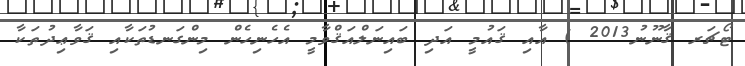
ޓޯޗަރ ޤާނޫނު2013 ) އާއި ޤައުމީ އަދި ބައިނަލްއަޤްވާމީ އެހެނިހެން މިންގަނޑުތަކާއި ޤަވާޢިދުތަކާ